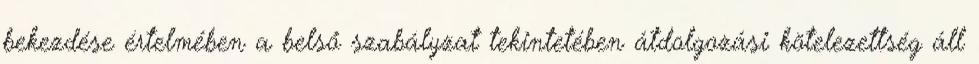
bekezdése értelmében a belső szabályzat tekintetében átdolgozási kötelezettség áll